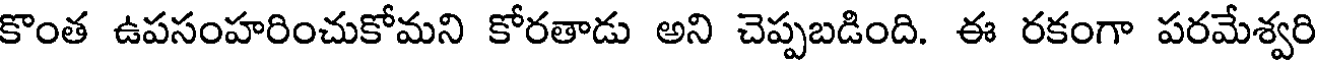
కొంత ఉపసంహరించుకోమని కోరతాడు అని చెప్పబడింది. ఈ రకంగా పరమేశ్వరి